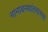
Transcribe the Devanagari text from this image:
नानावस्थांतरात्मक